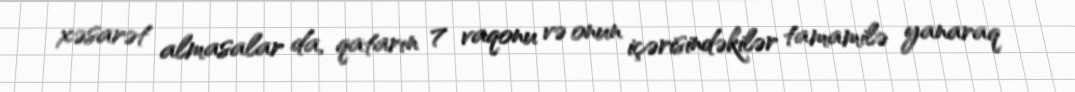
xəsarət almasalar da, qatarın 7 vaqonu və onun içərisindəkilər tamamilə yanaraq